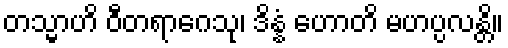
တသ္မာဟိ ဝီတရာဂေသု၊ ဒိန္နံ ဟောတိ မဟပ္ပလန္တိ။